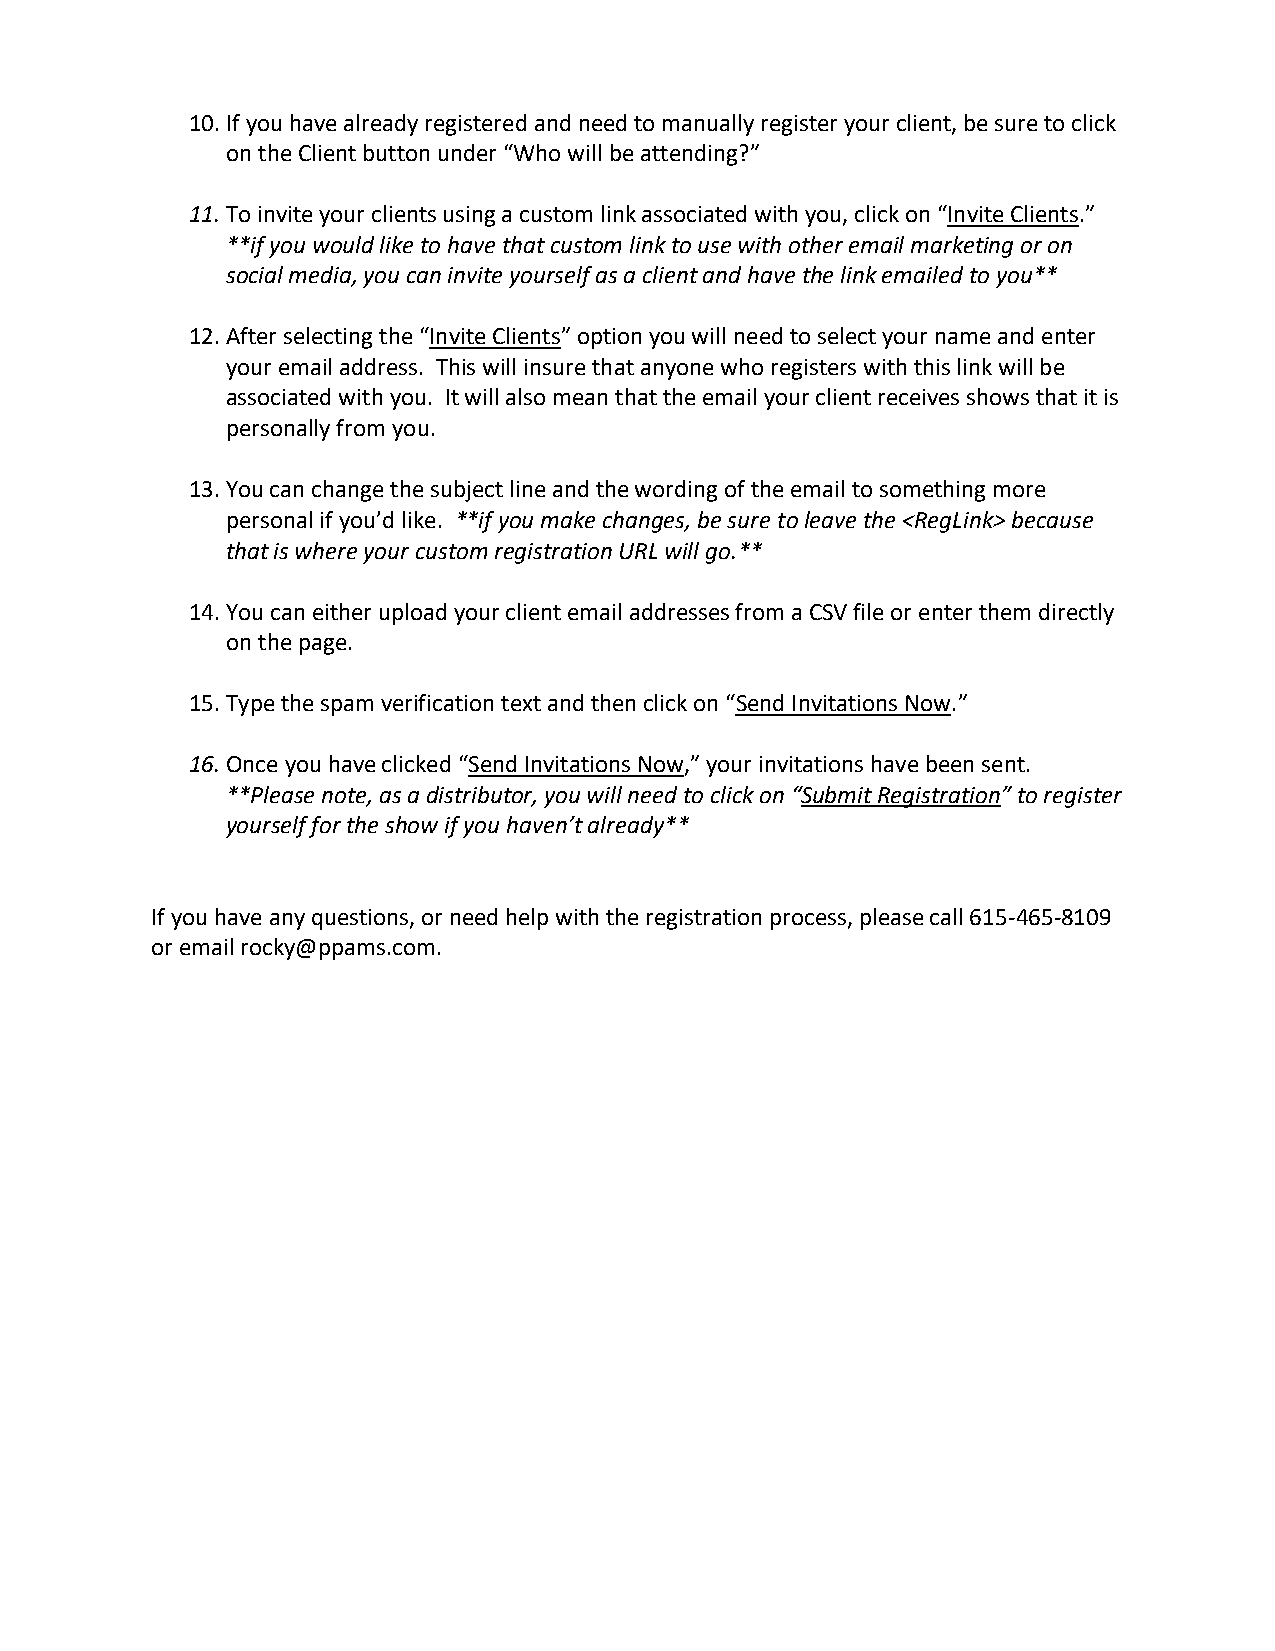
10. If you have already registered and need to manually register your client, be sure to click
 on the Client button under “Who will be attending?”
 11. To invite your clients using a custom link associated with you, click on “Invite Clients.”
 **if you would like to have that custom link to use with other email marketing or on
 social media, you can invite yourself as a client and have the link emailed to you**
 12. After selecting the “Invite Clients” option you will need to select your name and enter
 your email address. This will insure that anyone who registers with this link will be
 associated with you. It will also mean that the email your client receives shows that it is
 personally from you.
 13. You can change the subject line and the wording of the email to something more
 personal if you’d like. **if you make changes, be sure to leave the <RegLink> because
 that is where your custom registration URL will go.**
 14. You can either upload your client email addresses from a CSV file or enter them directly
 on the page.
 15. Type the spam verification text and then click on “Send Invitations Now.”
 16. Once you have clicked “Send Invitations Now,” your invitations have been sent.
 **Please note, as a distributor, you will need to click on “Submit Registration” to register
 yourself for the show if you haven’t already**
 If you have any questions, or need help with the registration process, please call 615-465-8109
 or email rocky@ppams.com.